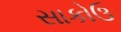
સાકોઉ